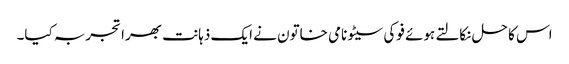
اس کا حل نکالتے ہوئے فوکی سیٹو نامی خاتون نے ایک ذہانت بھرا تجربہ کیا۔